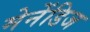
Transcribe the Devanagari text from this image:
मेनेंडिज